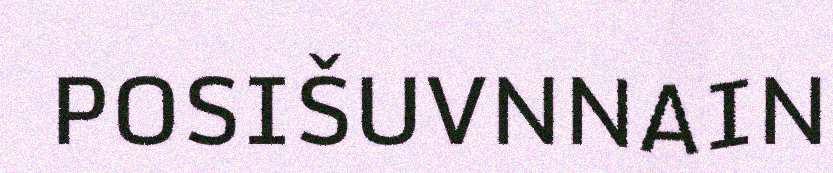
POSIŠUVNNAIN